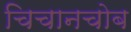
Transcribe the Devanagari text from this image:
चिचानचोब